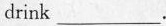
drink___.